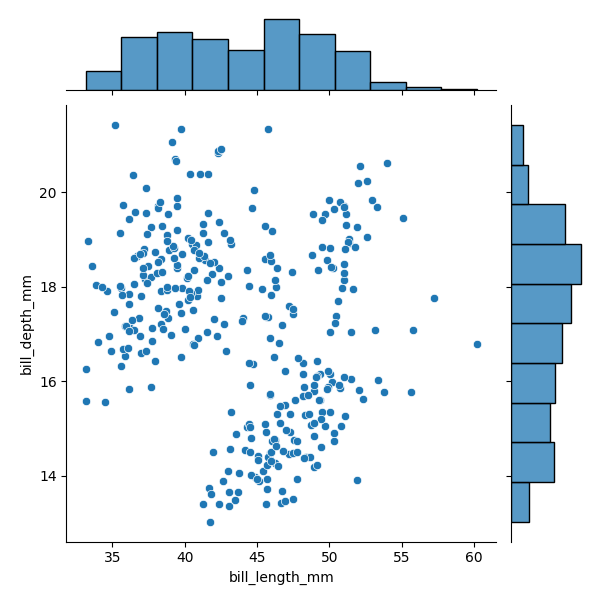
python, seaborn, JointGrid, scatterplot, histplot